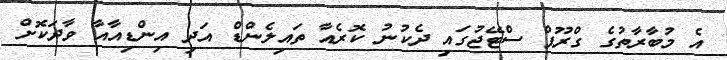
އެ މުބާރާތުގެ ގްރޫޕް ސްޓޭޖުގައި ދެކުނު ކޮރެއާ ތައިލެންޑް އަދި އިންޑިއާއާ ވާދަކޮށް